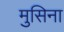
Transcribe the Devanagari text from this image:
मुसिना